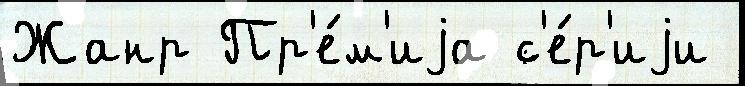
Жанр Пр'е́м'иjа с'е́р'иjи